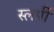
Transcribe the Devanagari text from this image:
स्लर्पी